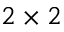
2 \times 2